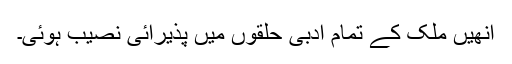
انھیں ملک کے تمام ادبی حلقوں میں پذیرائی نصیب ہوئی۔